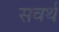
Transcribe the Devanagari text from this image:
सवर्थ